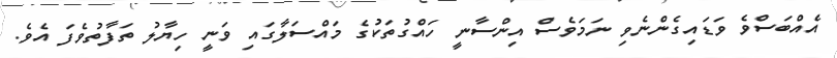
އެއްބަސްވެ ވަޑައިގެންނެވި ނަމަވެސް އިންސާނީ ހައްގުތަކުގެ މައްސަލާގައި ވަނީ ހިޔާލު ތަފާތުވެފަ އެވެ.